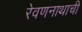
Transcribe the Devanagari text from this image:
रेवणनाथाची